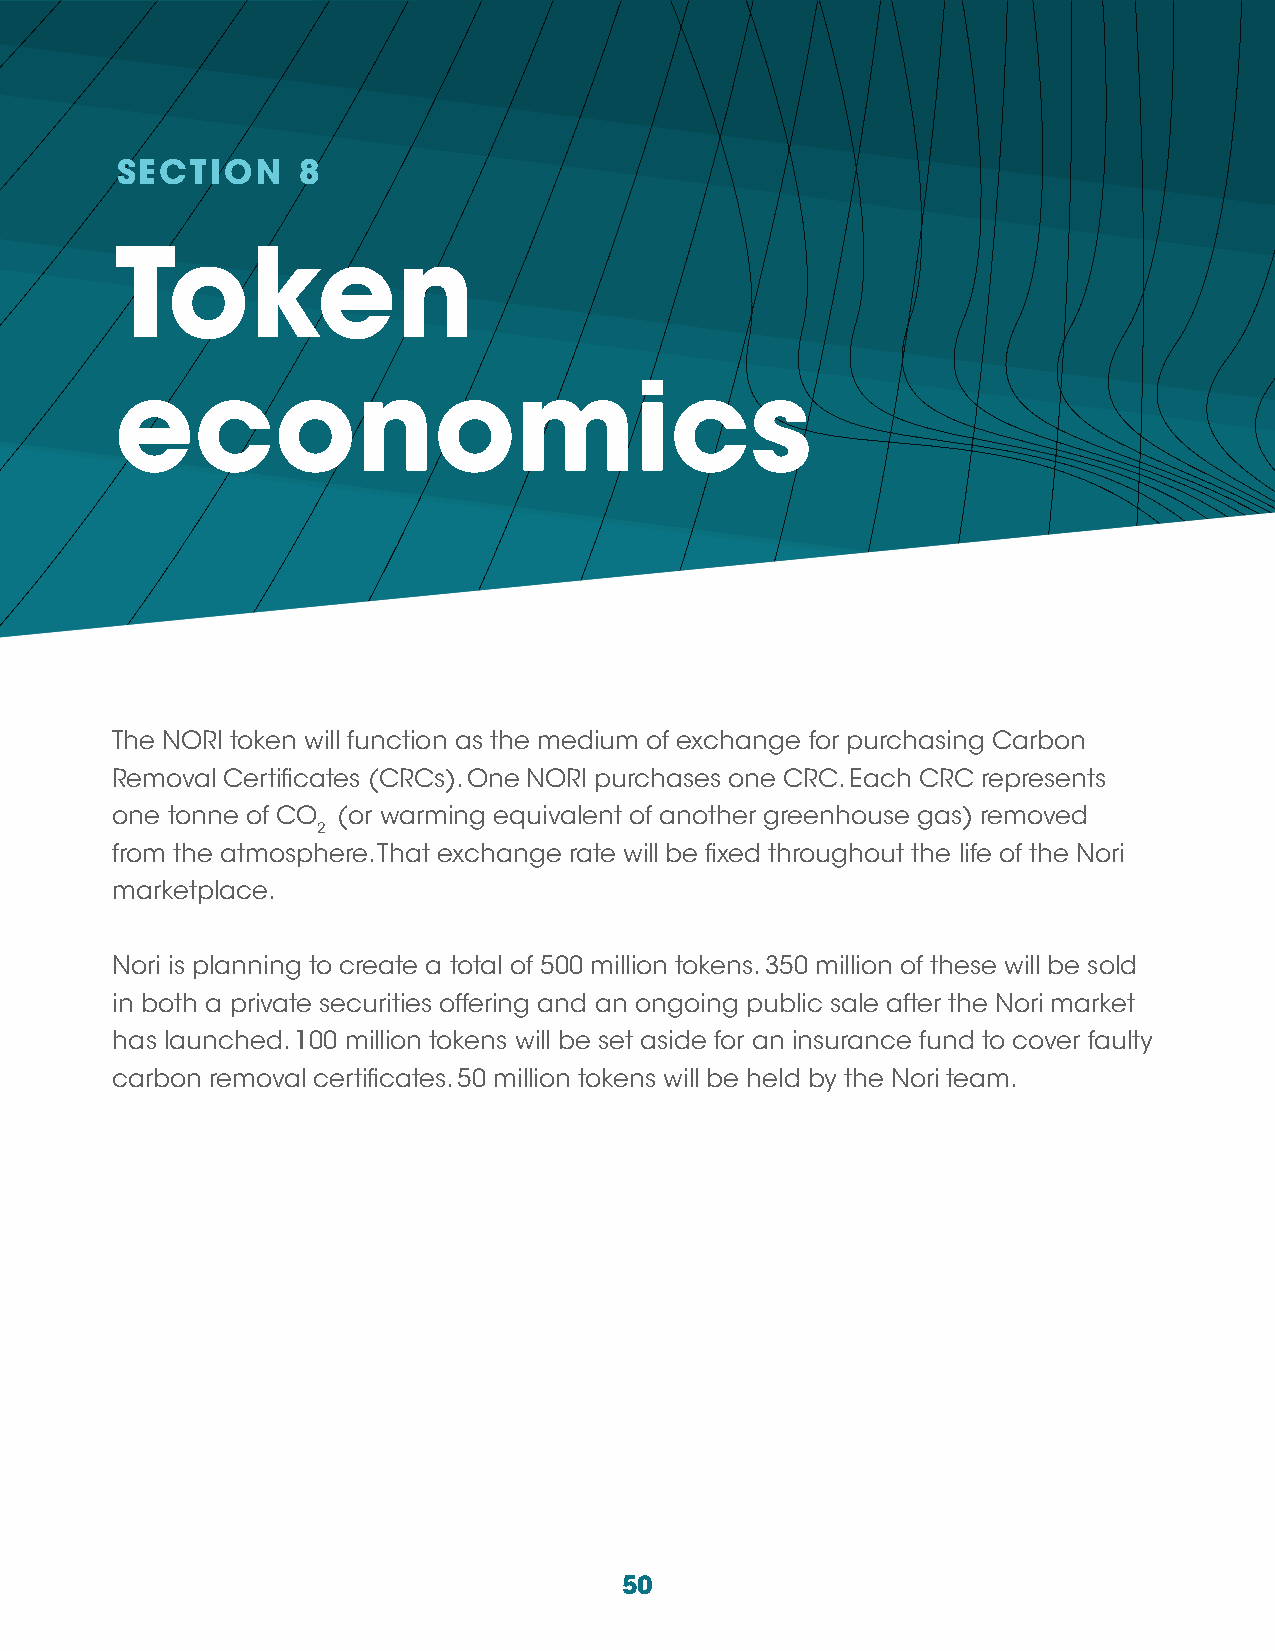
SECTION     8
 Token
 economics
 The NORI token will function as the medium of exchange for purchasing Carbon
 Removal Certificates (CRCs). One NORI purchases one CRC. Each CRC represents
 one tonne of CO (or warming equivalent of another greenhouse gas) removed
 2
 from the atmosphere. That exchange rate will be fixed throughout the life of the Nori
 marketplace.
 Nori is planning to create a total of 500 million tokens. 350 million of these will be sold
 in both a private securities offering and an ongoing public sale after the Nori market
 has launched. 100 million tokens will be set aside for an insurance fund to cover faulty
 carbon removal certificates. 50 million tokens will be held by the Nori team.
 50